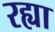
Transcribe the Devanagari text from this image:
रह्या